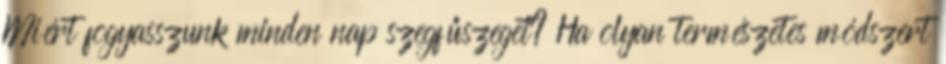
Miért fogyasszunk minden nap szegfűszeget? Ha olyan természetes módszert